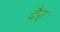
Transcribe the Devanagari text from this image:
दैर